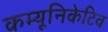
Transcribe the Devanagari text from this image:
कम्यूनिकेटिव